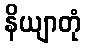
နိယျာတုံ